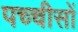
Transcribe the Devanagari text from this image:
पच्चीसों